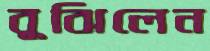
বুঝিলেন